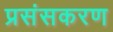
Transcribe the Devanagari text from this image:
प्रसंसकरण